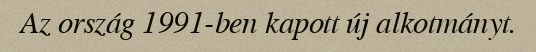
Az ország 1991-ben kapott új alkotmányt.